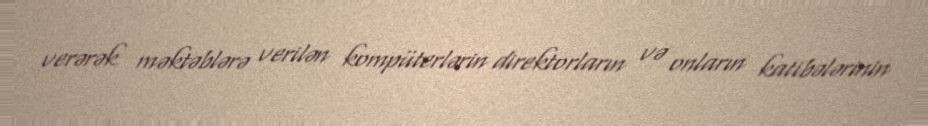
verərək məktəblərə verilən kompüterlərin direktorların və onların katibələrinin